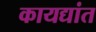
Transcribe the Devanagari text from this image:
कायद्यांत